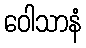
ဝေါသာနံ